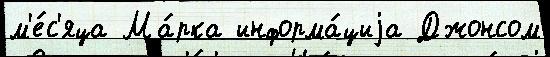
м'е́с'яца Ма́рка информа́циjа Джонсом